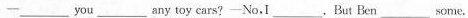
—____ you _____ any toy cars?—No.I ____，But Ben ____ some。